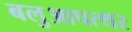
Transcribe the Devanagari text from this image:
बलुआपत्थर